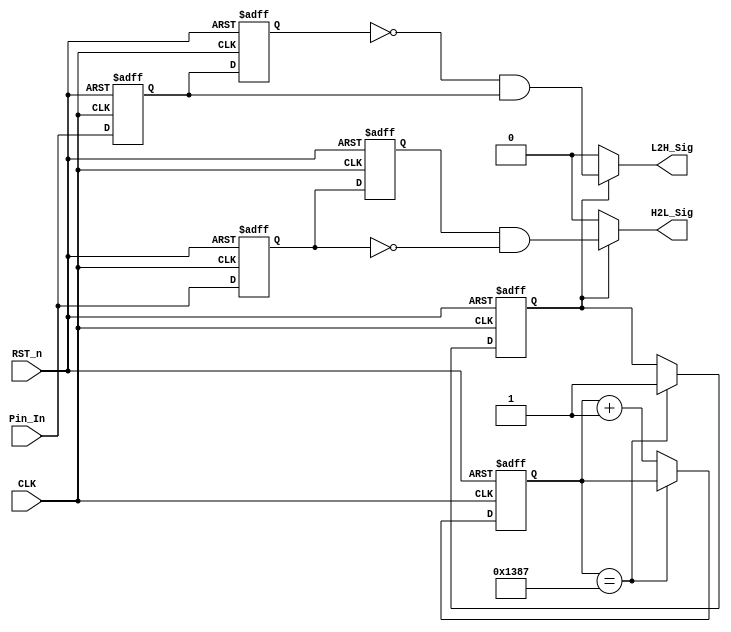
`timescale 1ns / 1ps
//////////////////////////////////////////////////////////////////////////////////
// Company: 
// Engineer: 
// 
// Design Name: 
// Module Name:    detect_module 
// Project Name: 
// Target Devices: 
// Tool versions: 
// Description: 
//
// Dependencies: 
//
// Revision: 
// Revision 0.01 - File Created
// Additional Comments: 
//
//////////////////////////////////////////////////////////////////////////////////
module detect_module(
    CLK,
    RST_n,
    Pin_In,
    H2L_Sig,
    L2H_Sig
    );

    input CLK;
    input RST_n;
    input Pin_In;
    output H2L_Sig;
    output L2H_Sig;
    
    parameter T100US = 13'd4_999;
    
    reg [12:0] counter;
    reg isEn;
    
    //   100us
    //counter""T100US() isEN1
    always @(posedge CLK or negedge RST_n) begin
        if (!RST_n) begin
            counter <= 13'd0;
            isEn <= 1'b0;
        end
        else if (counter == T100US) begin
            isEn <= 1'b1;
        end
        else begin
            counter <= counter + 1'b1;
        end
    end
    
    reg H2L_F1;
    reg H2L_F2;
    reg L2H_F1;
    reg L2H_F2;
    
    always @(posedge CLK or negedge RST_n) begin
        if (!RST_n) begin
            H2L_F1 <= 1'b1;
            H2L_F2 <= 1'b1;
            L2H_F1 <= 1'b0;
            L2H_F2 <= 1'b0;
        end
        else begin
            H2L_F1 <= Pin_In;
            H2L_F2 <= H2L_F1;
            L2H_F1 <= Pin_In;
            L2H_F2 <= L2H_F1;
        end
    end
    
    //H2L_F1 H2L_F2
    //0 1 -- H2L
    assign H2L_Sig = isEn ? (H2L_F2 & !H2L_F1) : 1'b0;
    
    //L2H_F1 L2H_F2
    //1 0 -- L2H
    assign L2H_Sig = isEn ? (!L2H_F2 & L2H_F1) : 1'b0;


endmodule